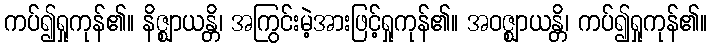
ကပ်၍ရှုကုန်၏။ နိဇ္ဈာယန္တိ၊ အကြွင်းမဲ့အားဖြင့်ရှုကုန်၏။ အဝဇ္ဈာယန္တိ၊ ကပ်၍ရှုကုန်၏။